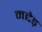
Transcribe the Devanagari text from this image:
मद्देड़